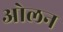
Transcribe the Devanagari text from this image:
ओलन